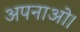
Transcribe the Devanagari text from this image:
अपनाओ।